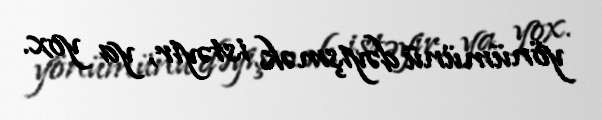
yönümünü dəyişmək istəyir, ya yox.